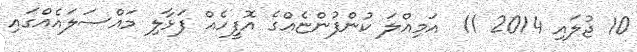
10 ޖުލައި 2014 11  އަމިއްލަ ކުންފުންޏެއްގެ އޮފީހެއް ފަޅާލި މައްސަލައެއްގައި